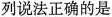
列说法正确的是